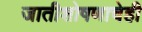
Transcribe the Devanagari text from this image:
जातीशोषणाचेही